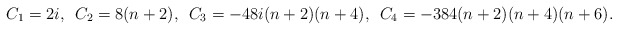
\begin{align*}C_{1}=2i, \hspace{0.2cm}C_{2}=8(n+2), \hspace{0.2cm}C_{3}=-48i(n+2)(n+4), \hspace{0.2cm}C_{4}=-384(n+2)(n+4)(n+6).\end{align*}